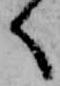
へ